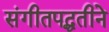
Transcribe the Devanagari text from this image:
संगीतपद्धतीने